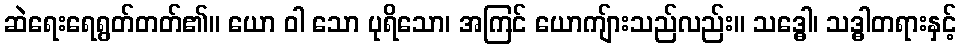
ဆဲရေးရေရွတ်တတ်၏။ ယော ဝါ သော ပုရိသော၊ အကြင် ယောကျ်ားသည်လည်း။ သဒ္ဓေါ၊ သဒ္ဓါတရားနှင့်